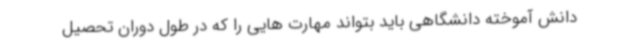
دانش آموخته دانشگاهی باید بتواند مهارت هایی را که در طول دوران تحصیل